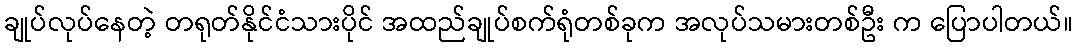
ချုပ်လုပ်နေတဲ့ တရုတ်နိုင်ငံသားပိုင် အထည်ချုပ်စက်ရုံတစ်ခုက အလုပ်သမားတစ်ဦး က ပြောပါတယ်။